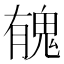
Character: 𩲾